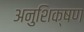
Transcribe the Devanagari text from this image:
अनुशिक्षण